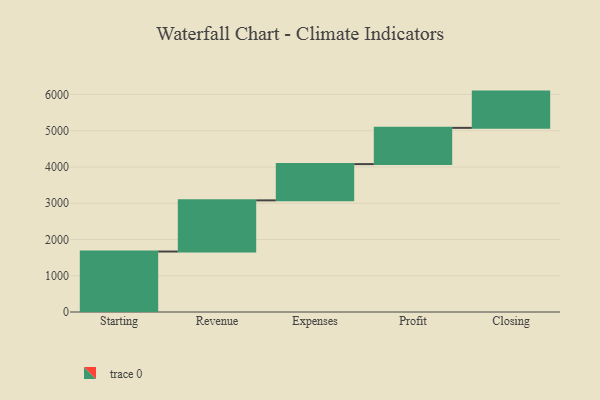
{"axis": {"x": "Step", "y": "Value"}, "legend": [""], "data": [{"x": "Starting", "y": 1668.0, "type": ""}, {"x": "Revenue", "y": 1411.0, "type": ""}, {"x": "Expenses", "y": 1000, "type": ""}, {"x": "Profit", "y": 1000, "type": ""}, {"x": "Closing", "y": 1000, "type": ""}]}